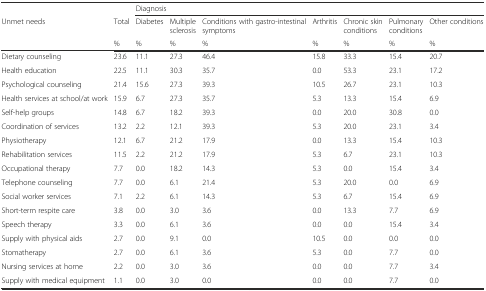
<table><thead><tr><td></td><td></td><td colspan="7"><b>Diagnosis</b></td></tr><tr><td><b>Unmet needs</b></td><td><b>Total</b></td><td><b>Diabetes</b></td><td><b>Multiple sclerosis</b></td><td><b>Conditions with gastro-intestinal symptoms</b></td><td><b>Arthritis</b></td><td><b>Chronic skin conditions</b></td><td><b>Pulmonary conditions</b></td><td><b>Other conditions</b></td></tr><tr><td></td><td><b>%</b></td><td><b>%</b></td><td><b>%</b></td><td><b>%</b></td><td><b>%</b></td><td><b>%</b></td><td><b>%</b></td><td><b>%</b></td></tr></thead><tbody><tr><td>Dietary counseling</td><td>23.6</td><td>11.1</td><td>27.3</td><td>46.4</td><td>15.8</td><td>33.3</td><td>15.4</td><td>20.7</td></tr><tr><td>Health education</td><td>22.5</td><td>11.1</td><td>30.3</td><td>35.7</td><td>0.0</td><td>53.3</td><td>23.1</td><td>17.2</td></tr><tr><td>Psychological counseling</td><td>21.4</td><td>15.6</td><td>27.3</td><td>39.3</td><td>10.5</td><td>26.7</td><td>23.1</td><td>10.3</td></tr><tr><td>Health services at school/at work</td><td>15.9</td><td>6.7</td><td>27.3</td><td>35.7</td><td>5.3</td><td>13.3</td><td>15.4</td><td>6.9</td></tr><tr><td>Self-help groups</td><td>14.8</td><td>6.7</td><td>18.2</td><td>39.3</td><td>0.0</td><td>20.0</td><td>30.8</td><td>0.0</td></tr><tr><td>Coordination of services</td><td>13.2</td><td>2.2</td><td>12.1</td><td>39.3</td><td>5.3</td><td>20.0</td><td>23.1</td><td>3.4</td></tr><tr><td>Physiotherapy</td><td>12.1</td><td>6.7</td><td>21.2</td><td>17.9</td><td>0.0</td><td>13.3</td><td>15.4</td><td>10.3</td></tr><tr><td>Rehabilitation services</td><td>11.5</td><td>2.2</td><td>21.2</td><td>17.9</td><td>5.3</td><td>6.7</td><td>23.1</td><td>10.3</td></tr><tr><td>Occupational therapy</td><td>7.7</td><td>0.0</td><td>18.2</td><td>14.3</td><td>5.3</td><td>0.0</td><td>15.4</td><td>3.4</td></tr><tr><td>Telephone counseling</td><td>7.7</td><td>0.0</td><td>6.1</td><td>21.4</td><td>5.3</td><td>20.0</td><td>0.0</td><td>6.9</td></tr><tr><td>Social worker services</td><td>7.1</td><td>2.2</td><td>6.1</td><td>14.3</td><td>5.3</td><td>6.7</td><td>15.4</td><td>6.9</td></tr><tr><td>Short-term respite care</td><td>3.8</td><td>0.0</td><td>3.0</td><td>3.6</td><td>0.0</td><td>13.3</td><td>7.7</td><td>6.9</td></tr><tr><td>Speech therapy</td><td>3.3</td><td>0.0</td><td>6.1</td><td>3.6</td><td>0.0</td><td>0.0</td><td>15.4</td><td>3.4</td></tr><tr><td>Supply with physical aids</td><td>2.7</td><td>0.0</td><td>9.1</td><td>0.0</td><td>10.5</td><td>0.0</td><td>0.0</td><td>0.0</td></tr><tr><td>Stomatherapy</td><td>2.7</td><td>0.0</td><td>6.1</td><td>3.6</td><td>5.3</td><td>0.0</td><td>7.7</td><td>0.0</td></tr><tr><td>Nursing services at home</td><td>2.2</td><td>0.0</td><td>3.0</td><td>3.6</td><td>0.0</td><td>0.0</td><td>7.7</td><td>3.4</td></tr><tr><td>Supply with medical equipment</td><td>1.1</td><td>0.0</td><td>3.0</td><td>0.0</td><td>0.0</td><td>0.0</td><td>7.7</td><td>0.0</td></tr></tbody></table>